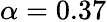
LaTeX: \alpha=0.37